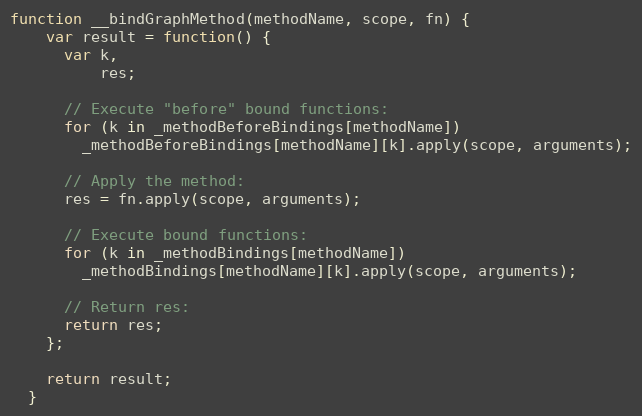
Language: JavaScript
function __bindGraphMethod(methodName, scope, fn) {
    var result = function() {
      var k,
          res;

      // Execute "before" bound functions:
      for (k in _methodBeforeBindings[methodName])
        _methodBeforeBindings[methodName][k].apply(scope, arguments);

      // Apply the method:
      res = fn.apply(scope, arguments);

      // Execute bound functions:
      for (k in _methodBindings[methodName])
        _methodBindings[methodName][k].apply(scope, arguments);

      // Return res:
      return res;
    };

    return result;
  }